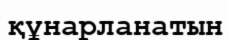
құнарланатын